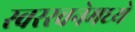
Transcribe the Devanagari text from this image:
स्वररचनेमध्ये